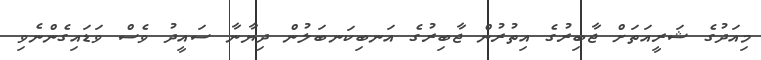
މިއަދުގެ ޝަރީއަތަށް ޖާބިރުގެ އިތުރުން ޖާބިރުގެ އަނބިކަނބަލުން ދިޔާނާ ސައީދު ވެސް ވަޑައިގެންނެވި